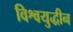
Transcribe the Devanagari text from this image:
विश्वयुद्धीन